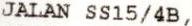
JALAN SS15/4B,